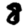
Digit: 8